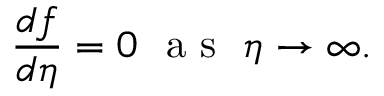
\frac { d f } { d \eta } = 0 ~ \textrm { a s } \ \eta \to \infty .